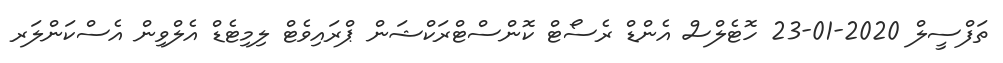
ތަފްސީލް 2020-01-23 ހޮޓެލްސް އެންޑް ރެސޯޓް ކޮންސްޓްރަކްޝަން ޕްރައިވެޓް ލިމިޓެޑް އެލްވިން އެސްކަންލަރ